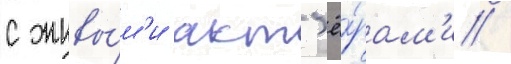
с живы́м'и акт'ё́рам'и /